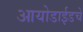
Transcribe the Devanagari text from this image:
आयोडाईडचे